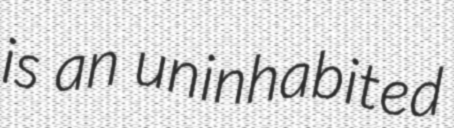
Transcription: is an uninhabited